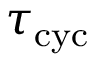
\tau _ { \mathrm { c y c } }